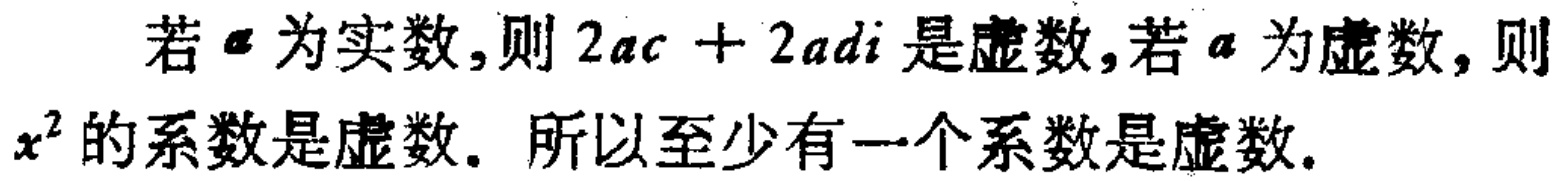
若\(a\)为实数,则\(2ac + 2adi\)是虚数,若\(a\)为虚数，则\(x^{2}\)的系数是虚数. 所以至少有一个系数是虚数.